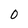
Character: 0